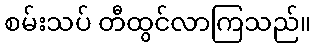
စမ်းသပ် တီထွင်လာကြသည်။